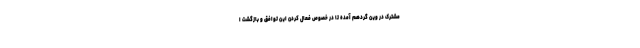
مشترک در وین گردهم آمده تا در خصوص فعال کردن این توافق و بازگشت ا